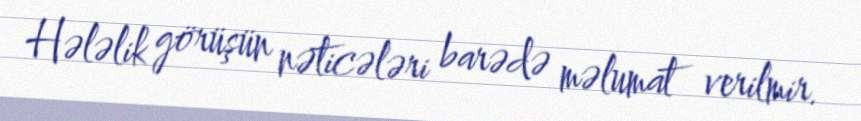
Hələlik görüşün nəticələri barədə məlumat verilmir.